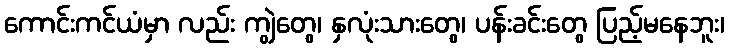
ကောင်းကင်ယံမှာ လည်း ကျွဲတွေ၊ နှလုံးသားတွေ၊ ပန်းခင်းတွေ ပြည့်မနေဘူး၊